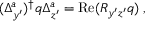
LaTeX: ( \Delta _ { y ^ { \prime } } ^ { a } ) ^ { \dagger } q \Delta _ { z ^ { \prime } } ^ { a } = \mathrm { R e } ( R _ { y ^ { \prime } z ^ { \prime } } q ) \; ,